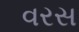
વરસ